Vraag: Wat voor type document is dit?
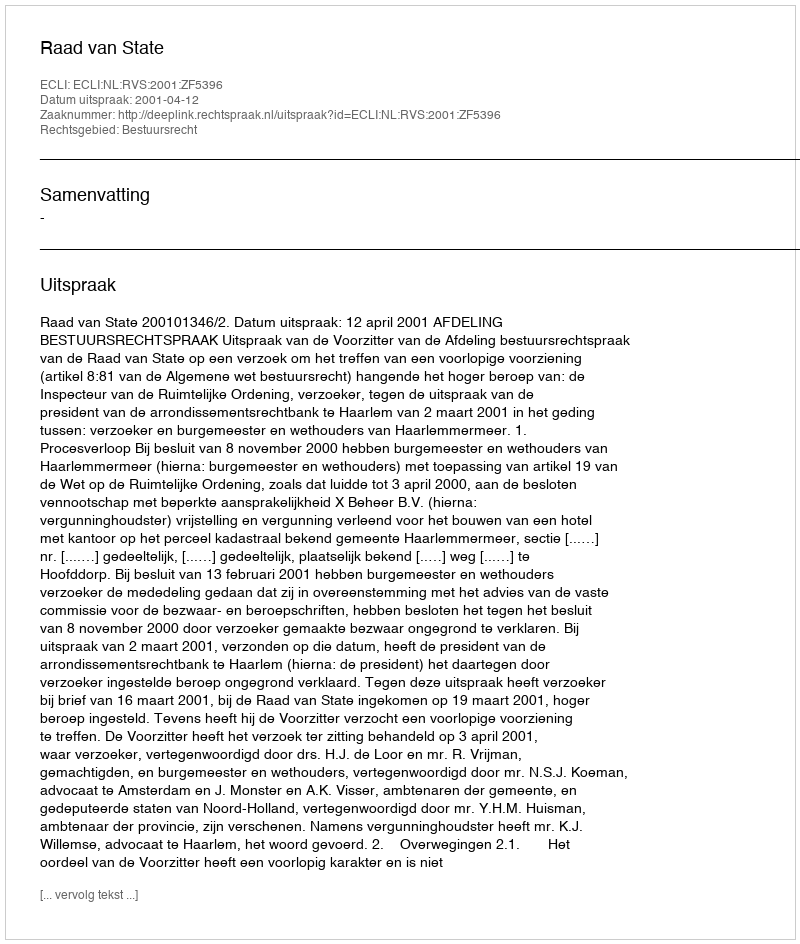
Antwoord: Uitspraak